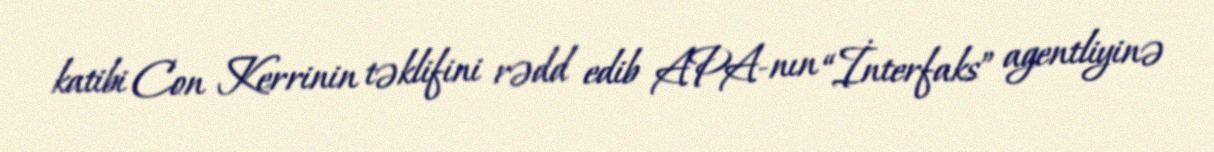
katibi Con Kerrinin təklifini rədd edib APA-nın “İnterfaks” agentliyinə